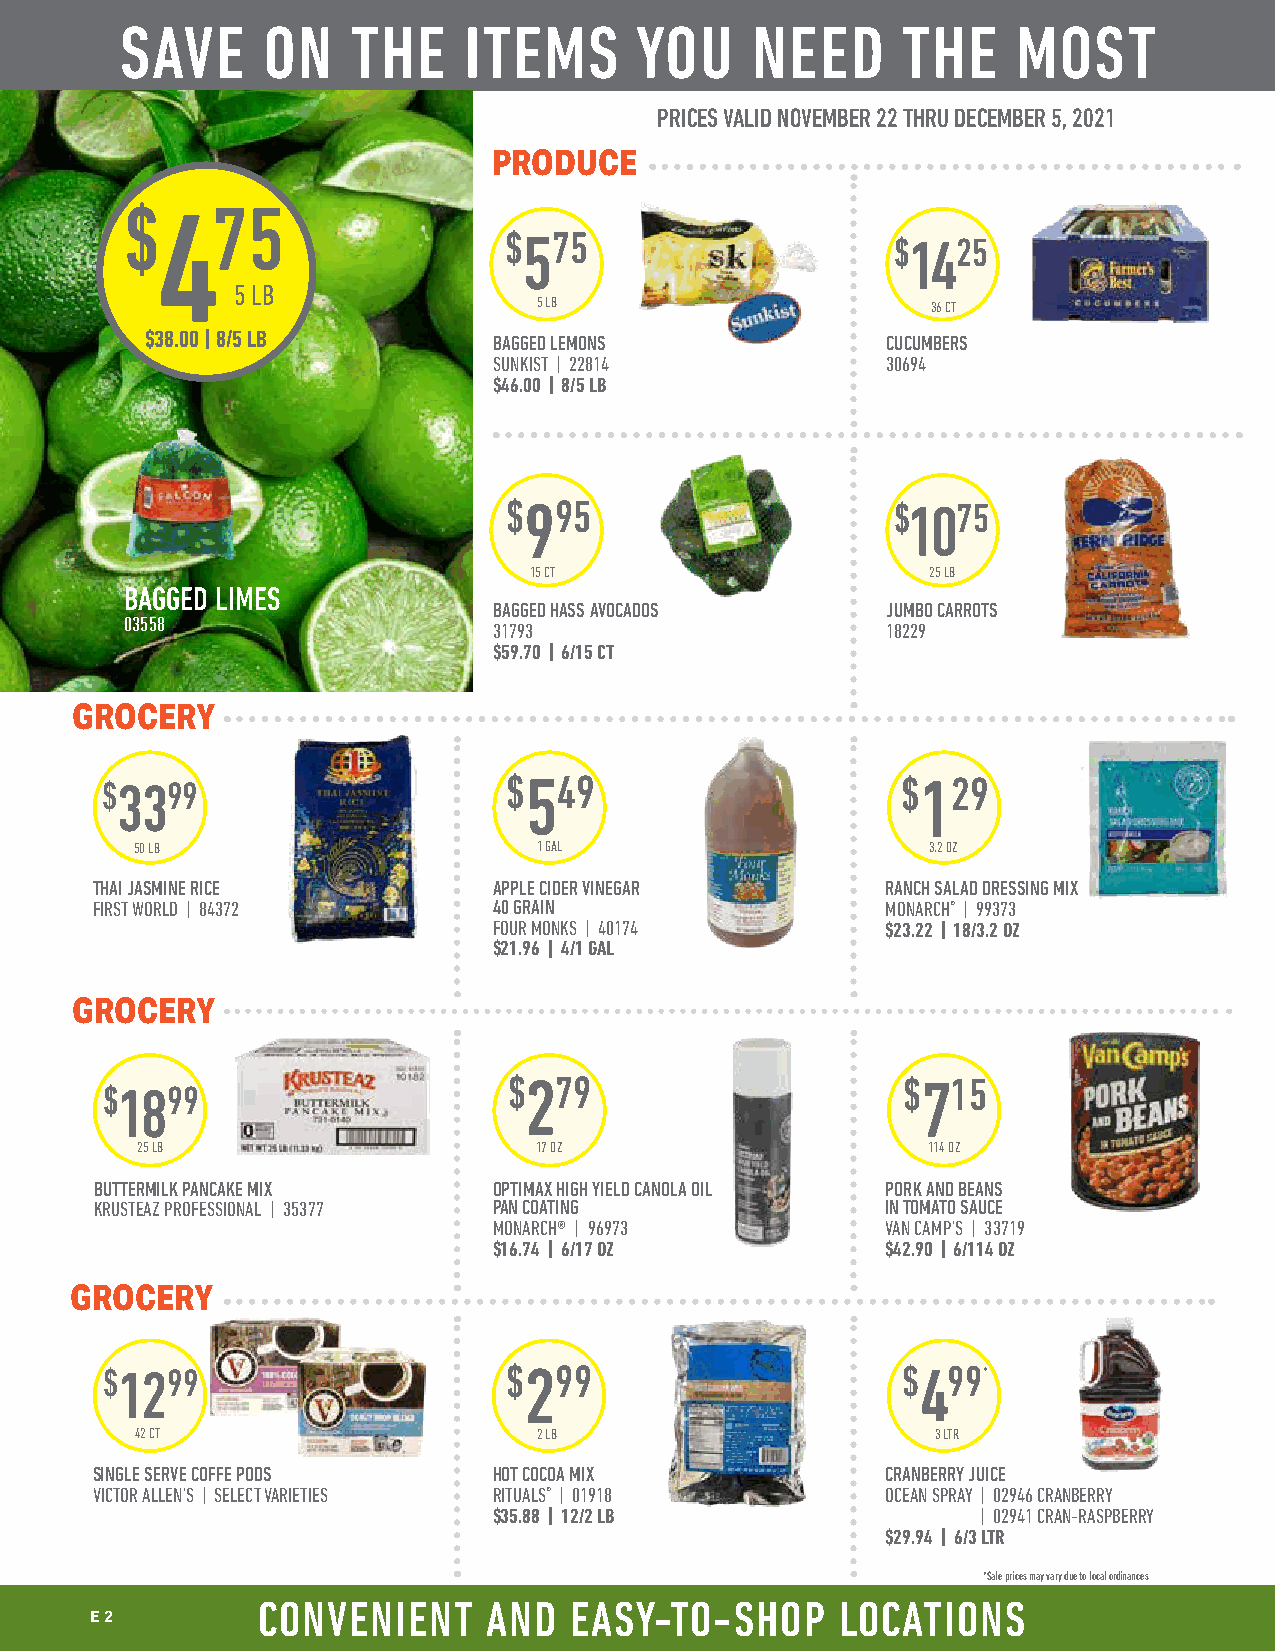
SAVE     ON    THE     ITEMS      YOU     NEED      THE    MOST
 PRICES VALID NOVEMBER 22 THRU DECEMBER 5, 2021
 PRODUCE
 $475
 $575
 $1425
 5 LB
 5 LB                      36 CT
 $38.00 | 8/5 LB        BAGGED LEMONS             CUCUMBERS
 SUNKIST | 22814           30694
 $46.00 I 8/5 LB
 $995                      $1075
 15 CT                      25 LB
 BAGGED LIMES
 BAGGED HASS AVOCADOS      JUMBO CARROTS
 03558
 31793                     18229
 $59.70 I 6/15 CT
 GROCERY
 $3399                      $549                      $129
 50 LB                      1 GAL                     3.2 OZ
 THAI JASMINE RICE          APPLE CIDER VINEGAR       RANCH SALAD DRESSING MIX
 FIRST WORLD | 84372        40 GRAIN                  MONARCH® | 99373
 FOUR MONKS | 40174        $23.22 I 18/3.2 OZ
 $21.96 I 4/1 GAL
 GROCERY
 $279                      $715
 $1899
 25 LB                     17 OZ                     114 OZ
 BUTTERMILK PANCAKE MIX     OPTIMAX HIGH YIELD CANOLA OIL PORK AND BEANS
 KRUSTEAZ PROFESSIONAL | 35377 PAN COATING            IN TOMATO SAUCE
 MONARCH® | 96973          VAN CAMP'S | 33719
 $16.74 I 6/17 OZ          $42.90 I 6/114 OZ
 GROCERY
 $1299                     $299                       $499*
 42 CT                      2 LB                      3 LTR
 SINGLE SERVE COFFE PODS    HOT COCOA MIX             CRANBERRY JUICE
 VICTOR ALLEN'S | SELECT VARIETIES RITUALS® | 01918   OCEAN SPRAY | 02946 CRANBERRY
 $35.88 I 12/2 LB                | 02941 CRAN-RASPBERRY
 $29.94 I 6/3 LTR
 *Sale prices may vary due to local ordinances
 CONVENIENT     AND   EASY-TO-SHOP      LOCATIONS
 E 2